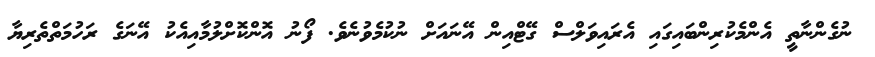
ނުގެންނާތީ އެންމެކުރިންބައިގައި އެރައިވަލްސް ގޭޓްއިން އޭނައަށް ނުކުމެވުނެވެ. ފޯނު އޮންކޮށްލުމާއިއެކު އޭނަގެ ރަހުމަތްތެރިޔާ